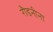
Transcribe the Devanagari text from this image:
रौडनीना